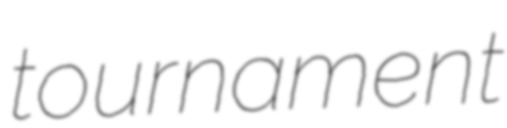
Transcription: tournament